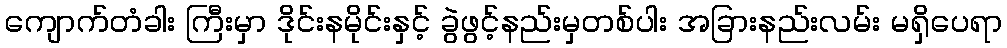
ကျောက်တံခါး ကြီးမှာ ဒိုင်းနမိုင်းနှင့် ခွဲဖွင့်နည်းမှတစ်ပါး အခြားနည်းလမ်း မရှိပေရာ